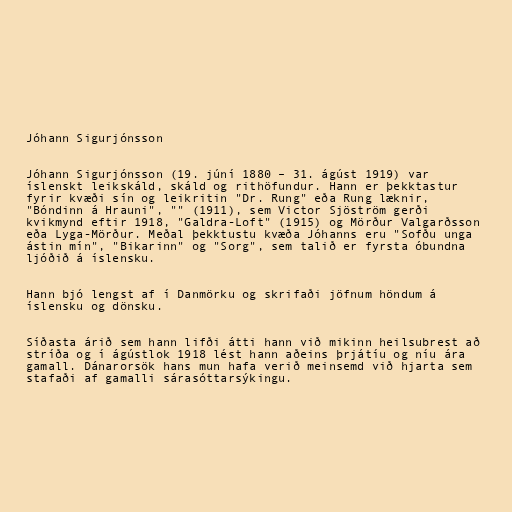
Jóhann Sigurjónsson

Jóhann Sigurjónsson (19. júní 1880 – 31. ágúst 1919) var
íslenskt leikskáld, skáld og rithöfundur. Hann er þekktastur
fyrir kvæði sín og leikritin "Dr. Rung" eða Rung læknir,
"Bóndinn á Hrauni", "" (1911), sem Victor Sjöström gerði
kvikmynd eftir 1918, "Galdra-Loft" (1915) og Mörður Valgarðsson
eða Lyga-Mörður. Meðal þekktustu kvæða Jóhanns eru "Sofðu unga
ástin mín", "Bikarinn" og "Sorg", sem talið er fyrsta óbundna
ljóðið á íslensku.

Hann bjó lengst af í Danmörku og skrifaði jöfnum höndum á
íslensku og dönsku.

Síðasta árið sem hann lifði átti hann við mikinn heilsubrest að
stríða og í ágústlok 1918 lést hann aðeins þrjátíu og níu ára
gamall. Dánarorsök hans mun hafa verið meinsemd við hjarta sem
stafaði af gamalli sárasóttarsýkingu.